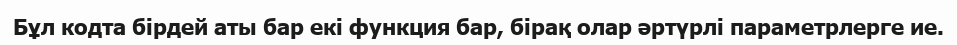
Бұл кодта бірдей аты бар екі функция бар, бірақ олар әртүрлі параметрлерге ие.